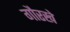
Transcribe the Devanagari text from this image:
गौरखे